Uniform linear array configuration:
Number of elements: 24
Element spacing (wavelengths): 0.75
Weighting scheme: hamming
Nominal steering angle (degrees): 30
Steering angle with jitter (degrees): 29.07
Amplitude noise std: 0.05
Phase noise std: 0.05

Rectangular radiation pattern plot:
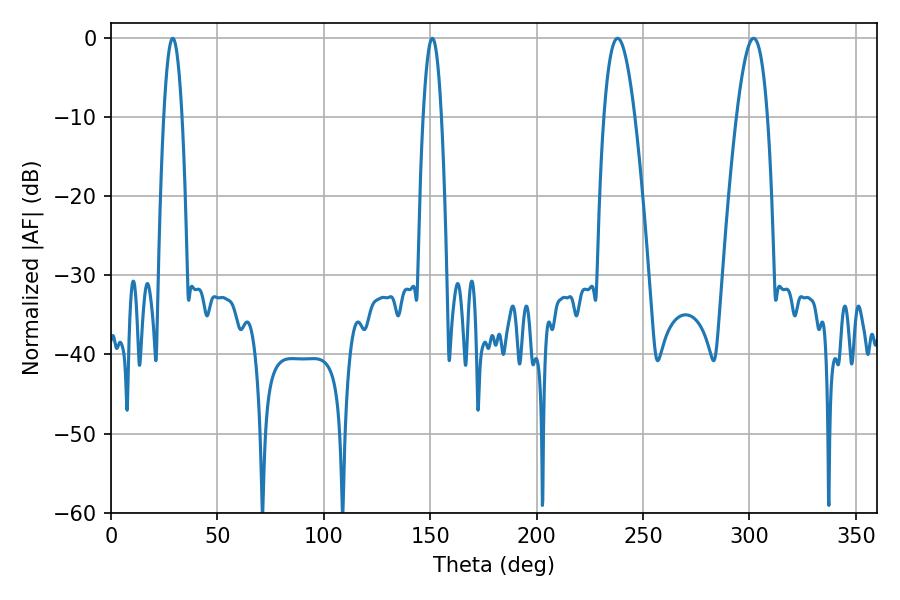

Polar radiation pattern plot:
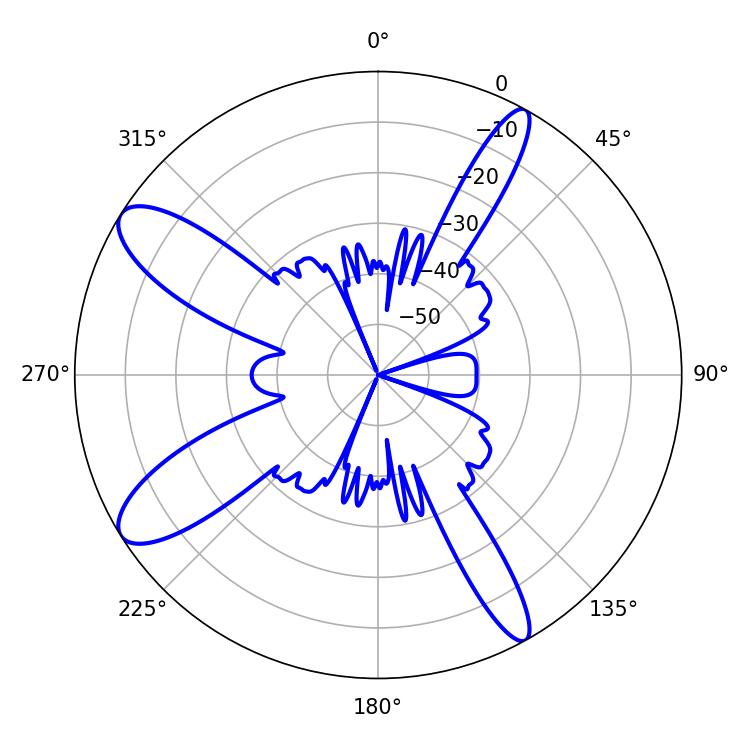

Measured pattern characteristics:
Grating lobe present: TRUE
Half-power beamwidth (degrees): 4.68
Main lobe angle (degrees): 28.98